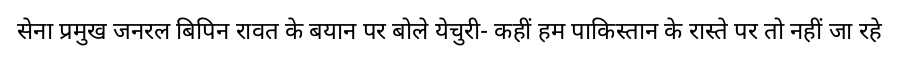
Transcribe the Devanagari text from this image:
सेना प्रमुख जनरल बिपिन रावत के बयान पर बोले येचुरी- कहीं हम पाकिस्तान के रास्ते पर तो नहीं जा रहे